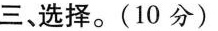
三、选择。(10分)